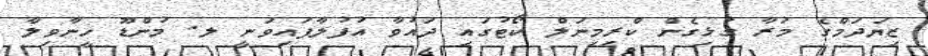
ޒިޔަދަމްގެ މަރާ ގުޅިގެން ކްރިމިނަލް ކޯޓުގައި ދައުވާ އުފުލާފައިވަނީ ލ. މުންޑޫ ހީނާވިލާ